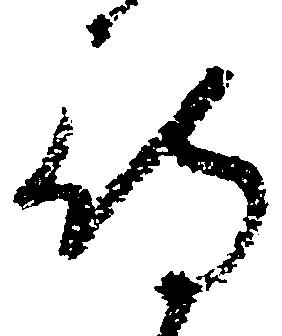
待